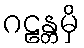
ဂဠန္တမှိ